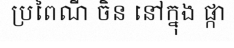
ប្រពៃណី ចិន នៅក្នុង ផ្កា